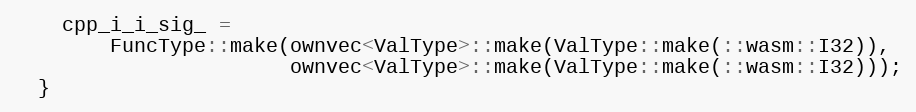
Language: C
    cpp_i_i_sig_ =
        FuncType::make(ownvec<ValType>::make(ValType::make(::wasm::I32)),
                       ownvec<ValType>::make(ValType::make(::wasm::I32)));
  }